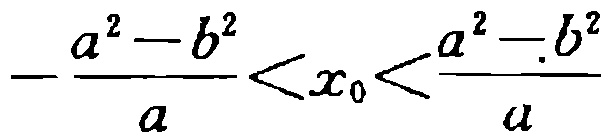
\(-\frac{a^{2}-b^{2}}{a}<x_{0}<\frac{a^{2}-b^{2}}{a}\)